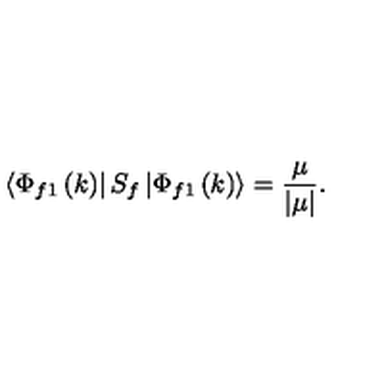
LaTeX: \left\langle \Phi _ { f 1 } \left( k \right) \right| S _ { f } \left| \Phi _ { f 1 } \left( k \right) \right\rangle = \frac \mu { \left| \mu \right| } .